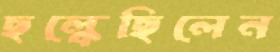
ছল্‌কেছিলেন